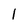
Character: 1